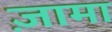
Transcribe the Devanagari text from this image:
ज़ामा